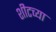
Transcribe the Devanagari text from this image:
शीटच्या